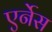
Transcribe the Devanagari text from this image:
एर्नेस